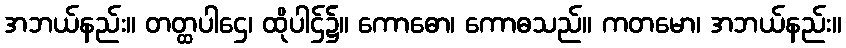
အဘယ်နည်း။ တတ္ထပါဌေ၊ ထိုပါဌ်၌။ ကောဓော၊ ကောဓသည်။ ကတမော၊ အဘယ်နည်း။